Indian journal of veterinary science and animal husbandry - Volumes 15-17, 1948-1951
Year: 1948
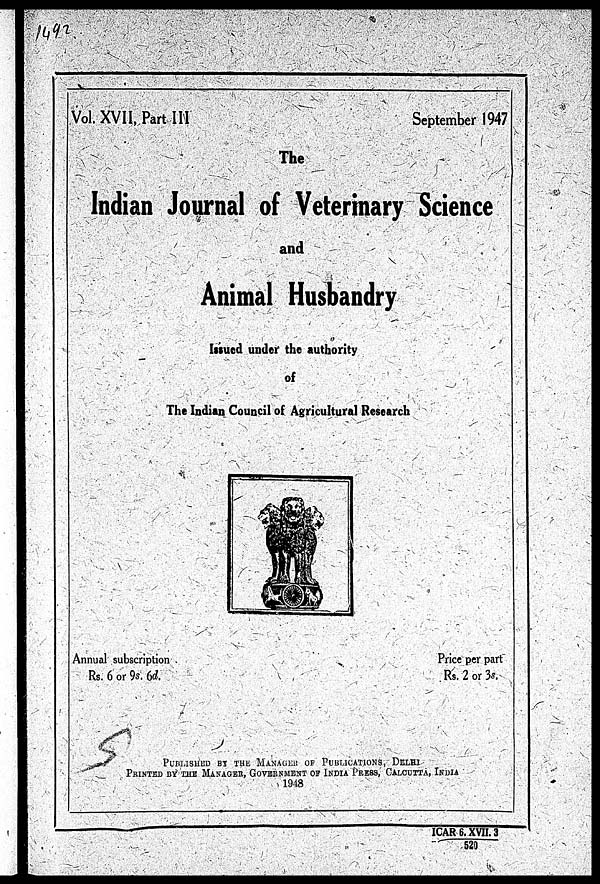
Vol. XVII, Part III
September 1947
The
Indian Journal of Veterinary Science
and
Animal Husbandry
Issued under the authority
of
The Indian Council of Agricultural Research
Annual subscription
Rs. 6 or 9s. 6d.
Price per part
Rs. 2 or 3s.
PUBLISHED BY THE MANAGER OF PUBLICATIONS, DELHI
PRINTED BY THE MANAGER, GOVERNMENT OF INDIA PRESS, CALCUTTA, INDIA
1948
ICAR 6. XVII. 3
520